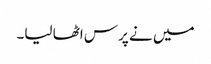
میں نے پرس اٹھا لیا۔